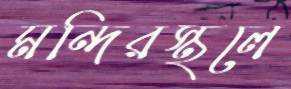
মন্দিরস্থলে